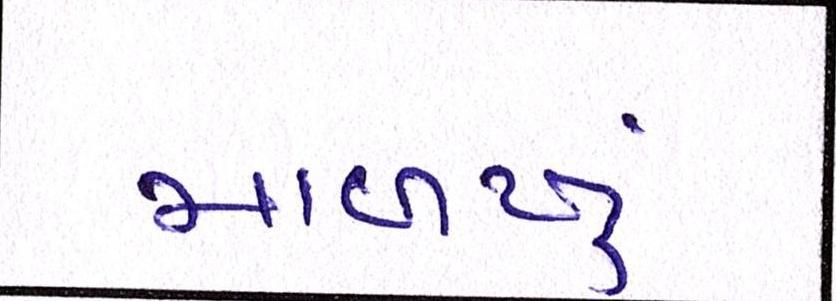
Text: માળખું